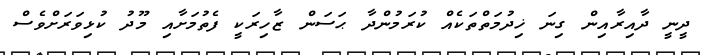
ދީނީ ދާއިރާއިން ގިނަ ޚިދުމަތްތަކެއް ކުރަމުންދާ ޙަސަން ޒާހިރަކީ ފެތުމަށާއި މޫދު ކުޅިވަރަށްވެސް